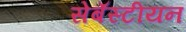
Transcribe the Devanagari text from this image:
सेबॅस्टीयन